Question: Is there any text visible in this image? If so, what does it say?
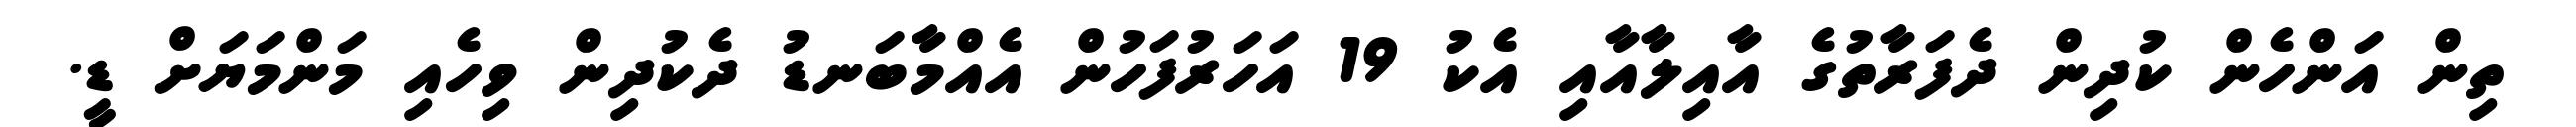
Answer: ތިން އަންހެން ކުދިން ދެފަރާތުގެ އާއިލާއާއި އެކު 19 އަހަރުފަހުން އެއްމާބަނޑު ދެކުދިން ވިހެއި މަންމަޔަށް ޑީ.